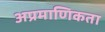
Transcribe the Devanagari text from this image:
अप्रमाणिकता